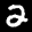
Label: 2